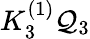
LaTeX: K_{3}^{(1)}{\cal Q}_{3}